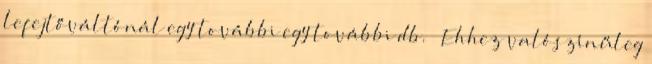
lefejtőváltónál egy további egy további db. ↑ Ehhez valószínűleg